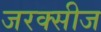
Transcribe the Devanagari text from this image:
जरक्सीज